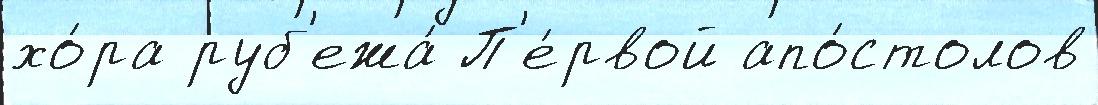
хо́ра руб'ежа́ П'е́рвой апо́столов